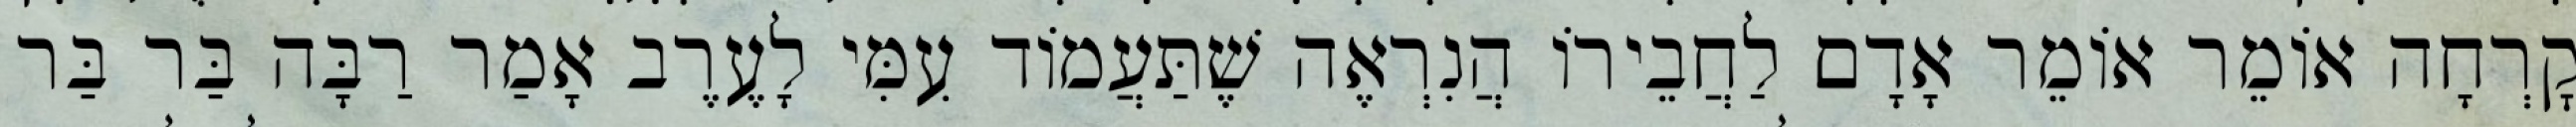
קׇרְחָה אוֹמֵר אוֹמֵר אָדָם לַחֲבֵירוֹ הֲנִרְאֶה שֶׁתַּעֲמוֹד עִמִּי לָעֶרֶב אָמַר רַבָּה בַּר בַּר